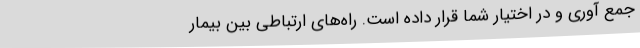
جمع آوری و در اختیار شما قرار داده است. راه‌های ارتباطی بین بیمار